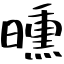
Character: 曛